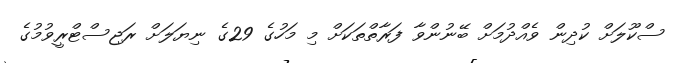
ސްކޫލަށް ކުދިން ވެއްދުމަށް ބޭނުންވާ ފަރާތްތަކަށް މި މަހުގެ 29ގެ ނިޔަލަށް ރަޖިސްޓްރީވުމުގެ